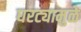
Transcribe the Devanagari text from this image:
घरट्यामुळे